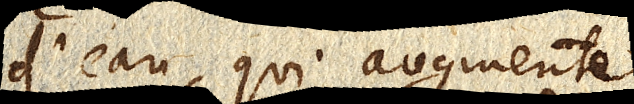
d’eau, qui augmente